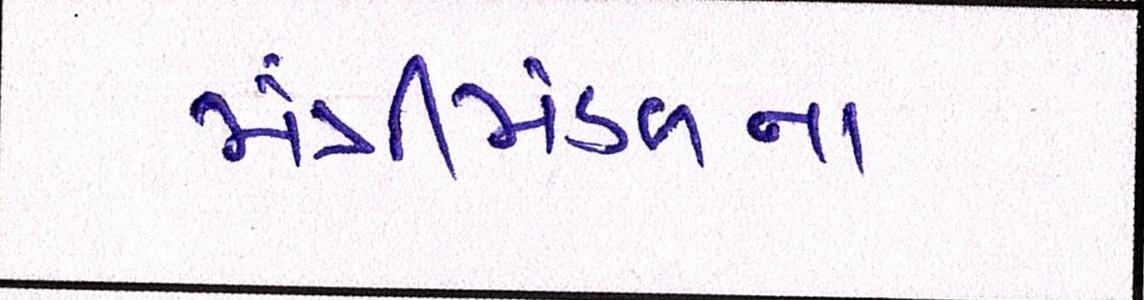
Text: મંત્રીમંડળનાં